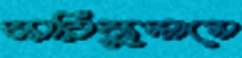
কারিকুলামে